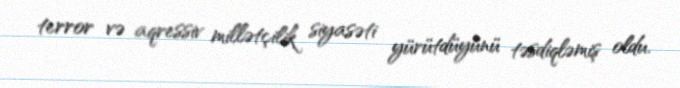
terror və aqressiv millətçilik siyasəti yürütdüyünü təsdiqləmiş oldu.